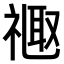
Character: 𫩉